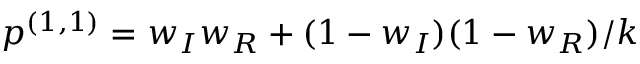
p ^ { ( 1 , 1 ) } = w _ { I } w _ { R } + ( 1 - w _ { I } ) ( 1 - w _ { R } ) / k